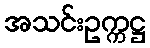
အသင်းဥက္ကဋ္ဌ